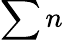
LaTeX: \sum n